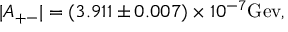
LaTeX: | A _ { + - } | = ( 3 . 9 1 1 \pm 0 . 0 0 7 ) \times 1 0 ^ { - 7 } \mathrm { G e v } ,